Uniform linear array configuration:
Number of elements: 24
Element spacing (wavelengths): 0.5
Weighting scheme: hamming
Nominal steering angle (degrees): -30
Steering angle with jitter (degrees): -28.536
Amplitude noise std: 0.05
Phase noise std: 0.05

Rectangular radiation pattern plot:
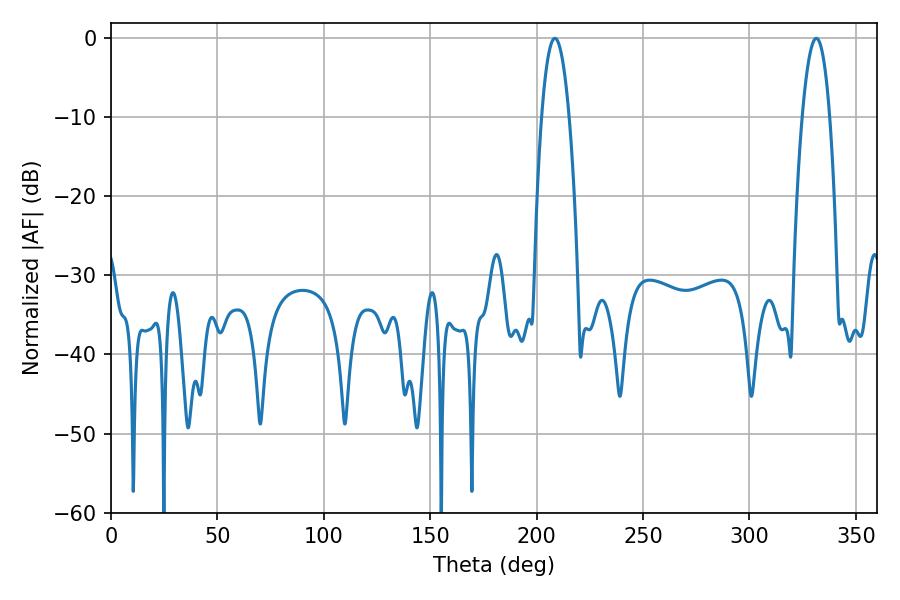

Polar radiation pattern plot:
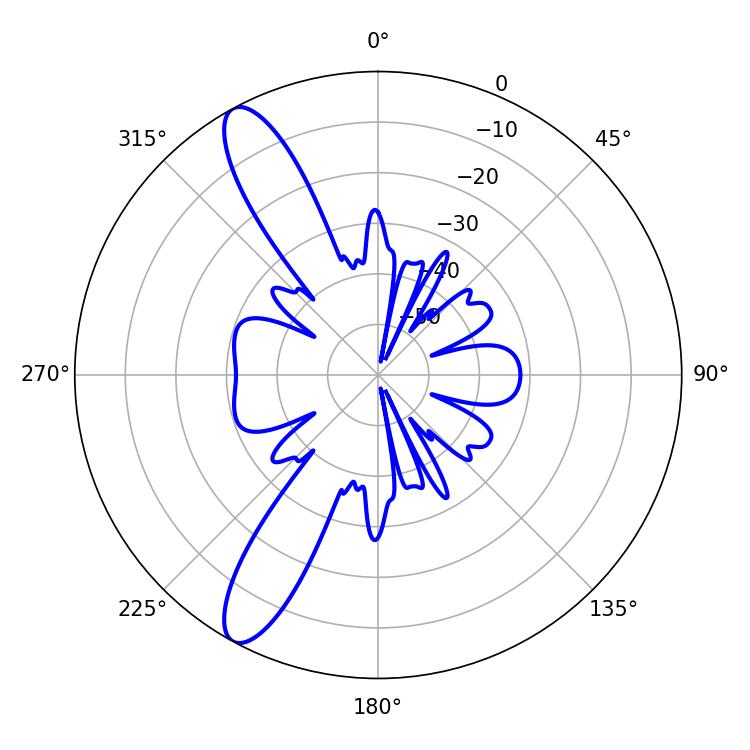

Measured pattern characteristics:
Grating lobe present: FALSE
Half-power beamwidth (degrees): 7.2
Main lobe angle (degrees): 208.62